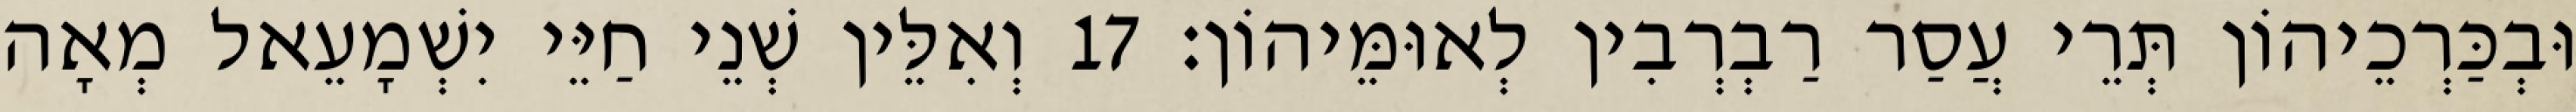
וּבְכַּרְכֵיהוֹן תְּרֵי עֲסַר רַבְרְבִין לְאוּמֵּיהוֹן׃ 17 וְאִלֵּין שְׁנֵי חַיֵּי יִשְׁמָעֵאל מְאָה